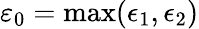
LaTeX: \varepsilon_{0}=\operatorname*{max}(\epsilon_{1},\epsilon_{2})